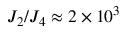
J _ { 2 } / J _ { 4 } \approx 2 \times 1 0 ^ { 3 }